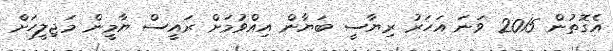
އެގޮތުން 2015 ވަނަ އަހަރު ރިޔާސީ ބަޔާން އިއްވުމަށް ރައީސް ޔާމީން މަޖިލީހަށް